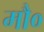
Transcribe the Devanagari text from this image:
मौ०